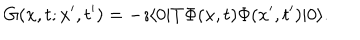
G ( x , t ; x ^ { \prime } , t ^ { \prime } ) = - \imath \langle 0 | T \Phi ( x , t ) \Phi ( x ^ { \prime } , t ^ { \prime } ) | 0 \rangle .